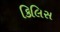
કિલિસ